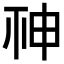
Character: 𥙍